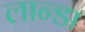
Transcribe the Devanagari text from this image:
लान्डा